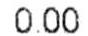
0.00